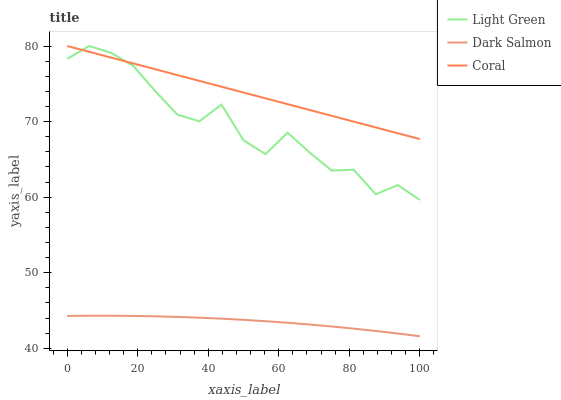
| xaxis_label | Light Green | Dark Salmon | Coral |
 | --- | --- | --- | --- |
 | 0 | 78.3 | 44.3 | 80 |
 | 6.25 | 80 | 44.3 | 79.2 |
 | 12.5 | 79.1 | 44.3 | 78.5 |
 | 18.8 | 77.4 | 44.3 | 77.7 |
 | 25 | 74 | 44.2 | 76.9 |
 | 31.2 | 70.9 | 44.2 | 76.2 |
 | 37.5 | 70 | 44.1 | 75.4 |
 | 43.8 | 72.3 | 43.9 | 74.6 |
 | 50 | 67.5 | 43.8 | 73.8 |
 | 56.2 | 65.7 | 43.6 | 73.1 |
 | 62.5 | 68.5 | 43.4 | 72.3 |
 | 68.8 | 65.9 | 43.1 | 71.5 |
 | 75 | 63.5 | 42.9 | 70.8 |
 | 81.2 | 63.6 | 42.6 | 70 |
 | 87.5 | 60.4 | 42.3 | 69.2 |
 | 93.8 | 61.6 | 42 | 68.5 |
 | 100 | 59.6 | 41.6 | 67.7 |